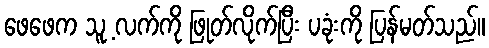
ဖေဖေက သူ့ လက်ကို ဖြုတ်လိုက်ပြီး ပခုံးကို ပြန်မတ်သည်။